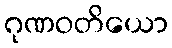
ဂုဏဝတိယော